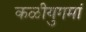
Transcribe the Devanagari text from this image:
कळीयुगमां